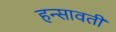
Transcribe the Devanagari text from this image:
हन्सावती